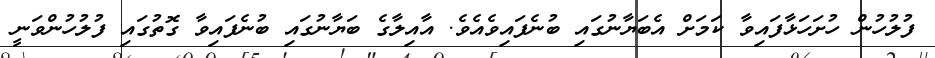
ފުލުހުން ހުށަހަޅާފައިވާ ކަމަށް އެބަޔާނުގައި ބުނެފައިވެއެވެ. އާއިލާގެ ބަޔާނުގައި ބުނެފައިވާ ގޮތުގައި ފުލުހުންވަނީ